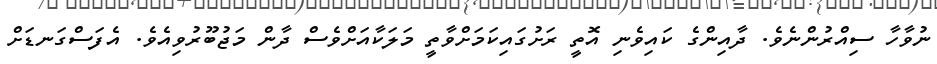
ނުވާހާ ސިއްރުންނެވެ. ދާއިންގެ ކައިވެނި އޮތީ ރަށުގައިކަމަށްވާތީ މަލަކާއަށްވެސް ދާން މަޖުބޫރުވިއެވެ. އެފަސްގަނޑަށް